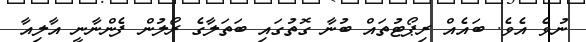
ނުވެ އެވެ. ބައެއް ރިޕޯޓުތައް ބުނާ ގޮތުގައި ބަތަލާގެ ރޯލުން ފެންނާނީ އާލިއާ